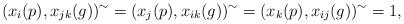
LaTeX: \begin{align*}(x_{i}(p), x_{jk}(g) )^\sim=(x_{j}(p), x_{ik}(g) )^\sim=(x_{k}(p), x_{ij}(g) )^\sim=1,\end{align*}